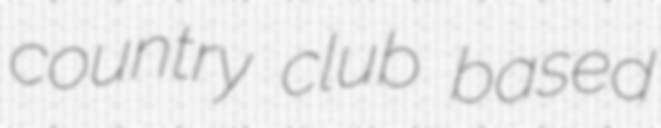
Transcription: country club based